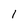
Character: l